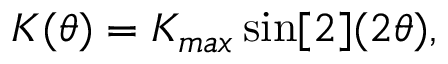
K ( \theta ) = K _ { m a x } \sin [ 2 ] ( 2 \theta ) ,